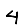
Digit: 4